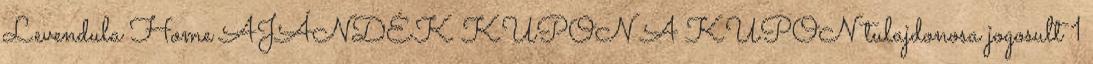
Levendula Home AJÁNDÉK KUPON A KUPON tulajdonosa jogosult 1